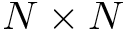
N \times N